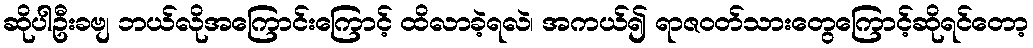
ဆိုပါဦးခဗျ ဘယ်လိုအကြောင်းကြောင့် ထိလာခဲ့ရလဲ၊ အကယ်၍ ရာဇ၀တ်သားတွေကြောင့်ဆိုရင်တော့